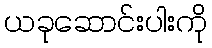
ယခုဆောင်းပါးကို